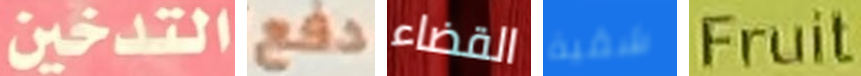
التدخين دفع القضاء شقية Fruit